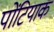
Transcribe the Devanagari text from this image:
पोंटियाक